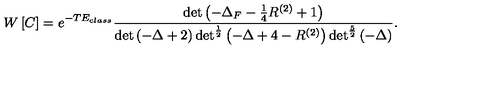
W \left[ C \right] = e ^ { - T E _ { c l a s s } } \frac { \det \left( - \Delta _ { F } - \frac { 1 } { 4 } R ^ { ( 2 ) } + 1 \right) } { \det \left( - \Delta + 2 \right) \det ^ { \frac { 1 } { 2 } } \left( - \Delta + 4 - R ^ { ( 2 ) } \right) \det ^ { \frac { 5 } { 2 } } \left( - \Delta \right) } .